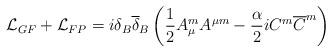
LaTeX: \begin{align*}{\mathcal L}_{GF} + {\mathcal L}_{FP} = i \delta _B {\overline{ \delta}}_B \left(\frac{1}{2} A_{\mu} ^m A^{\mu m} - \frac{\alpha}{2} i C^m {\overline{ C}}^m \right)\end{align*}